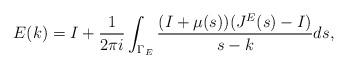
LaTeX: \begin{align*} E(k)=I+\frac{1}{2\pi i}\int_{\Gamma_E}\frac{(I+\mu(s))(J^E(s)-I)}{s-k}ds,\end{align*}